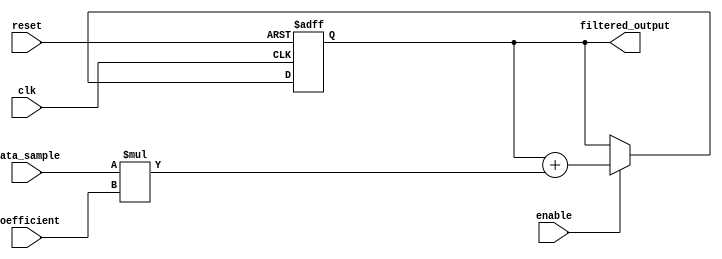
module FIR_Filter_Accumulator(
    input wire clk, // Clock signal
    input wire reset, // Reset signal
    input wire enable, // Enable signal

    input wire [7:0] data_sample, // Input data sample
    input wire [7:0] coefficient, // Filter coefficient

    output wire [15:0] filtered_output // Filtered output
);

reg [15:0] accumulator; // Accumulator to accumulate outputs

always @(posedge clk or posedge reset) begin
    if (reset) begin
        accumulator <= 16'b0; // Reset accumulator
    end else if (enable) begin
        accumulator <= accumulator + (data_sample * coefficient); // Multiply and accumulate
    end
end

assign filtered_output = accumulator; // Output filtered data

endmodule